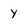
Character: y